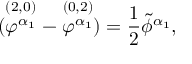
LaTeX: ( \stackrel { ( 2 , 0 ) } { \varphi ^ { \alpha _ { 1 } } } - \stackrel { ( 0 , 2 ) } { \varphi ^ { \alpha _ { 1 } } } ) = { \frac { 1 } { 2 } } \tilde { \phi } ^ { \alpha _ { 1 } } ,